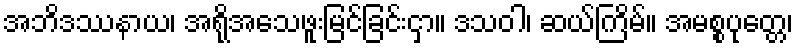
အဘိဒဿနာယ၊ အရိုအသေဖူးမြင်ခြင်းငှာ။ ဒသဝါ၊ ဆယ်ကြိမ်။ အမစ္စပုတ္တေ၊